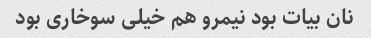
نان بیات بود نیمرو هم خیلی سوخاری بود